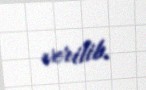
verilib.